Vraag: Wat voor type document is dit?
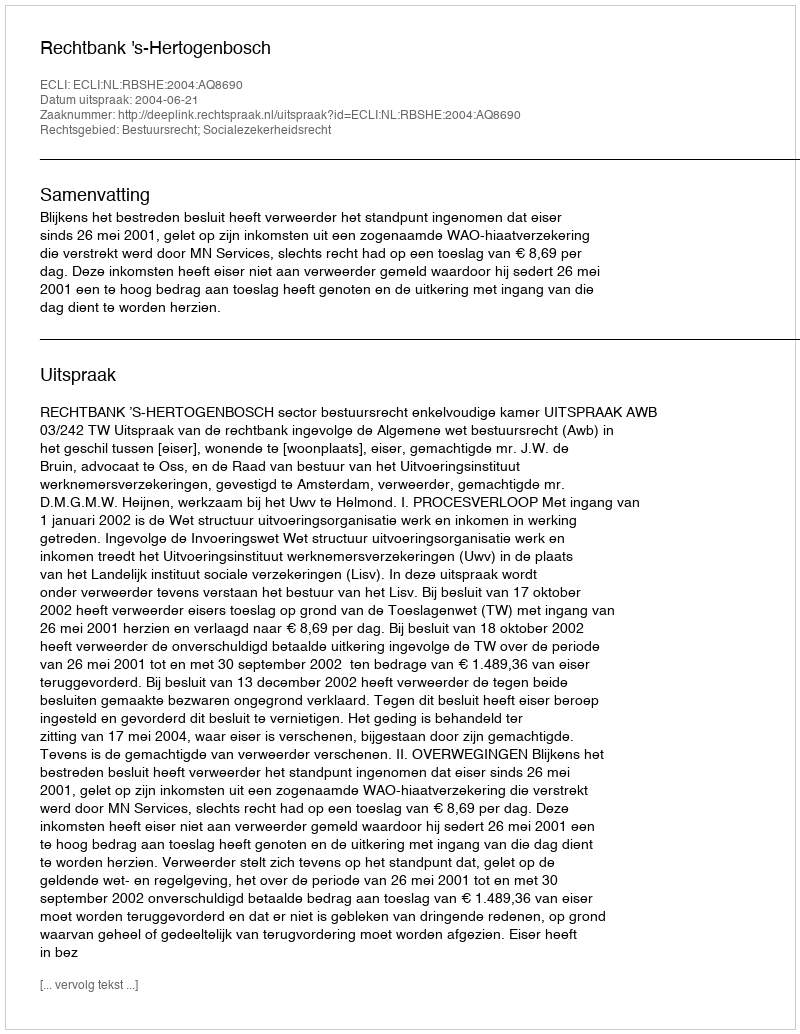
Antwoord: Uitspraak